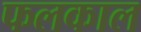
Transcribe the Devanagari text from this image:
फलकाल